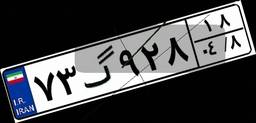
۷۳گ۹۲۸۱۸